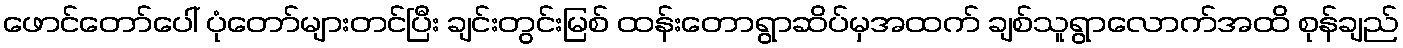
ဖောင်တော်ပေါ် ပုံတော်များတင်ပြီး ချင်းတွင်းမြစ် ထန်းတောရွာဆိပ်မှအထက် ချစ်သူရွာလောက်အထိ စုန်ချည်